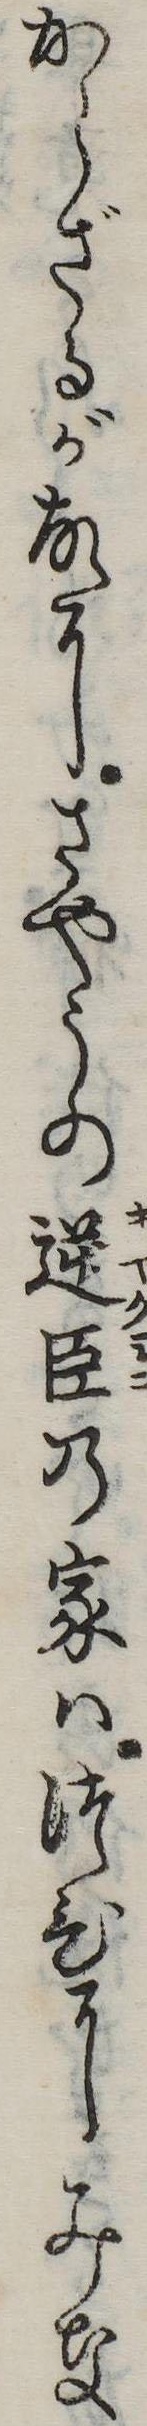
からざるが故にさやうの逆臣の家はつひにみな